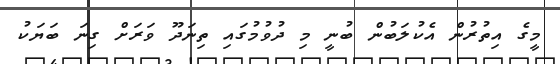
މީގެ އިތުރުން އެކުލަބުން ބުނީ މި ދުވުމުގައި ތިނަދޫ ވަރަށް ގިނަ ބަޔަކު